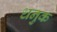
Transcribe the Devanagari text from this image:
धनुक